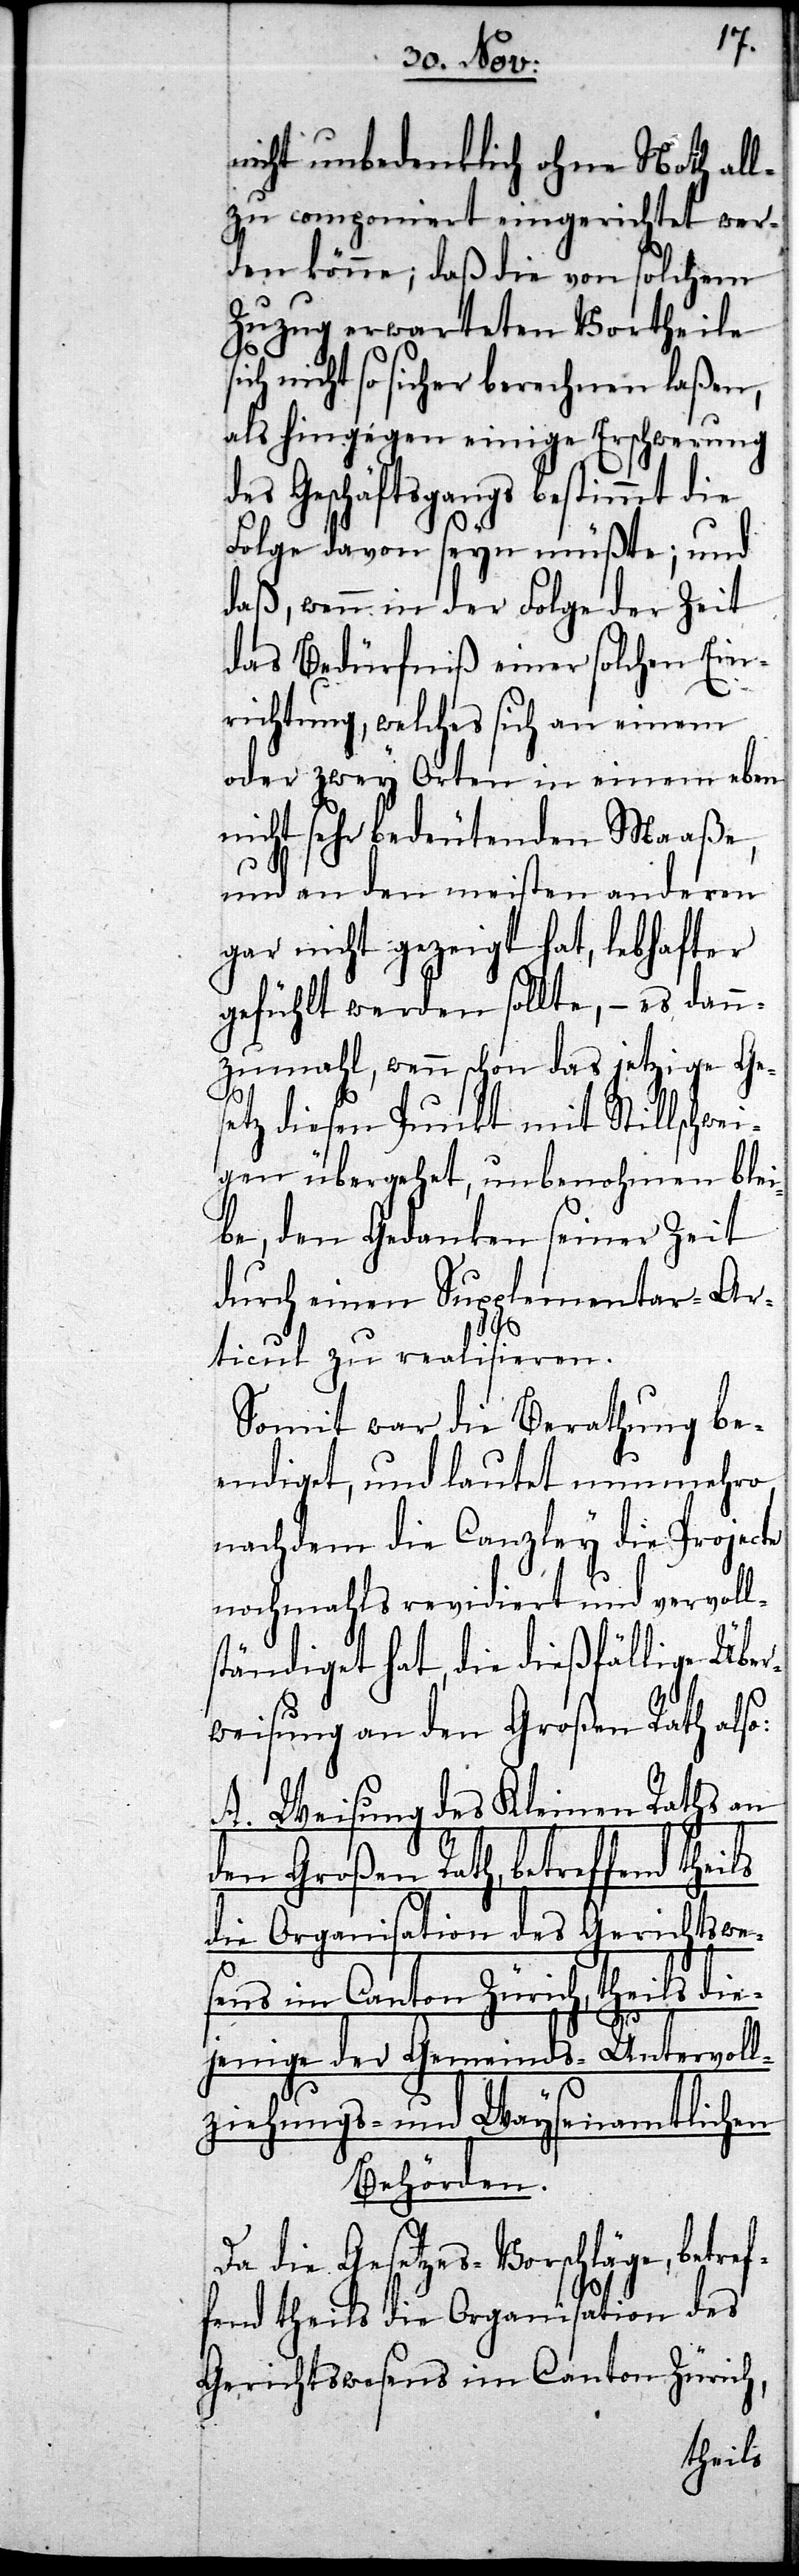
nicht unbedenklich ohne Noth all¬
zu componiert eingerichtet wer¬
den könne; daß die von solchem
Zuzug erwarteten Vortheile
sich nicht so sicher berechnen laßen,
als hingegen einige Erschwerung
des Geschäftsgangs bestimmt die
Folge davon seyn müßte; und
daß, wenn in der Folge der Zeit
das Bedürfniß einer solchen Ein¬
f¬
richtung, welches sich an einem
oder zwey Orten in einem eben
nicht sehr bedeutenden Maaße,
und an den meisten anderen
gar nicht gezeigt hat, lebhafter
gefühlt werden sollte, – es dann¬
zumahl, wenn schon das jetzige G¬
etz diesen Punkt mit Stillschwei¬
gen übergehet, unbenohmen blei¬
be, den Gedanken seiner Zeit
durch einen Supplementar-Ar¬
ls
ticul zu realisieren.
Somit war die Berathung be¬
endiget, und lautet nunmehro,
nachdem die Canzley die Proje¬
nochmahls revidiert und vervoll¬
ständiget hat, die dießfällige Über¬
weisung an den Großen Rath also:
A. Weisung des Kleinen Raths an
den Großen Rath, betreffend thei¬
die Organisation des Gerichtswe¬
sens im Canton Zürich, theils die¬
es¬
jenige der Gemeinds-Untervoll¬
ziehungs- und Waysenamtlichen
Behörden.
Da die Gesetzes-Vorschläge, betre¬
fend theils die Organisation des
Gerichtswesens im Canton Zürich,